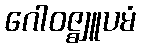
ဂေါဝဇ္ဈူပမံ